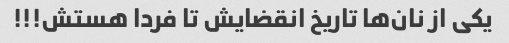
یکى از نان‌ها تاریخ انقضایش تا فردا هستش!!!